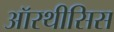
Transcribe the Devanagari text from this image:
ऑरथीसिस